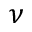
\nu